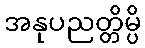
အနုပညတ္တိမ္ပိ